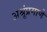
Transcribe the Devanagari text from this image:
अश्रूंप्रमाणे